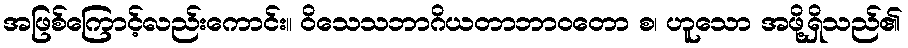
အဖြစ်ကြောင့်လည်းကောင်း။ ဝိသေသဘာဂိယတာဘာဝတော စ၊ ဟူသော အဖို့ရှိသည်၏